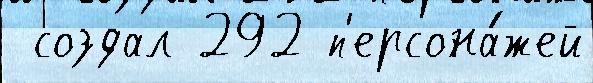
 создал 292 п'ерсона́жей